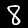
Label: 8